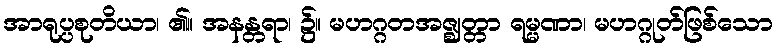
အာရုပ္ပစုတိယာ၊ ၏။ အနန္တရာ၊ ၌။ မဟဂ္ဂတအဇ္ဈတ္တာ ရမ္မဏာ၊ မဟဂ္ဂုတ်ဖြစ်သော